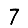
Digit: 7